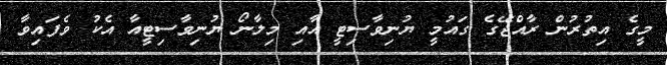
މީގެ އިތުރުން ރާއްޖޭގެ ގައުމީ ޔުނިވާސިޓީ އާއި މިލާނޯ ޔުނިވާސިޓީއާ އެކު ވެފައިވާ